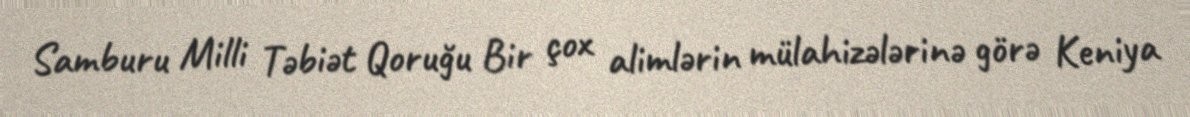
Samburu Milli Təbiət Qoruğu Bir çox alimlərin mülahizələrinə görə Keniya